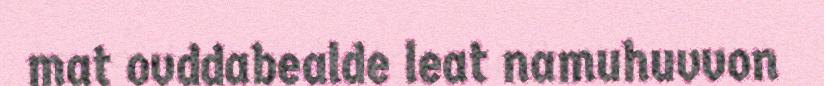
mat ovddabealde leat namuhuvvon